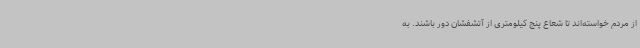
از مردم خواسته‌اند تا شعاع پنج‌ کیلومتری از آتشفشان دور باشند. به